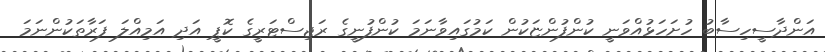
އަންދާސީހިސާބު ހުށަހަޅުއްވަނީ ކުންފުންޏަކުން ކަމުގައިވާނަމަ ކުންފުނީގެ ރަޖިސްޓަރީގެ ކޮޕީ އަދި އަމިއްލަ ފަރާތަކުންނަމަ